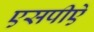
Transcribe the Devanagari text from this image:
एसपीऐ